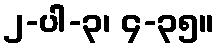
၂-ပါ-၃၊ ၄-၃၅။